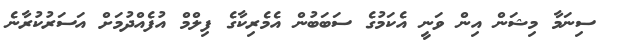
ސިނަމާ މިޝަން އިން ވަނީ އެކަމުގެ ސަބަބުން އެމެރިކާގެ ފިލްމް އުފެއްދުމަށް އަސަރުކުރާނެ